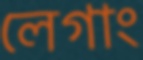
লেগাং